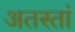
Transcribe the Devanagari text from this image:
अतस्तां